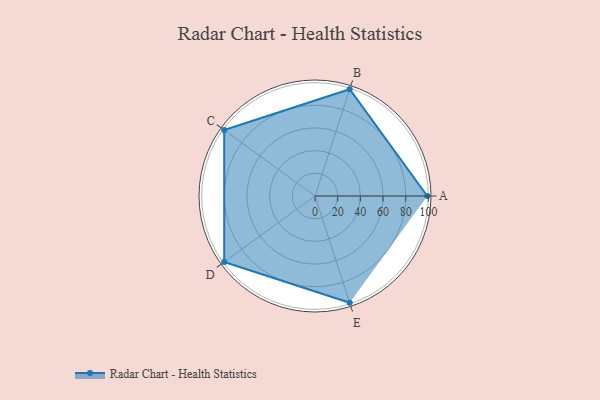
{"axis": {"x": "Skill", "y": "Score"}, "legend": ["Profile"], "data": [{"x": "A", "y": 99, "type": "Profile"}, {"x": "B", "y": 99, "type": "Profile"}, {"x": "C", "y": 99, "type": "Profile"}, {"x": "D", "y": 99, "type": "Profile"}, {"x": "E", "y": 99, "type": "Profile"}]}